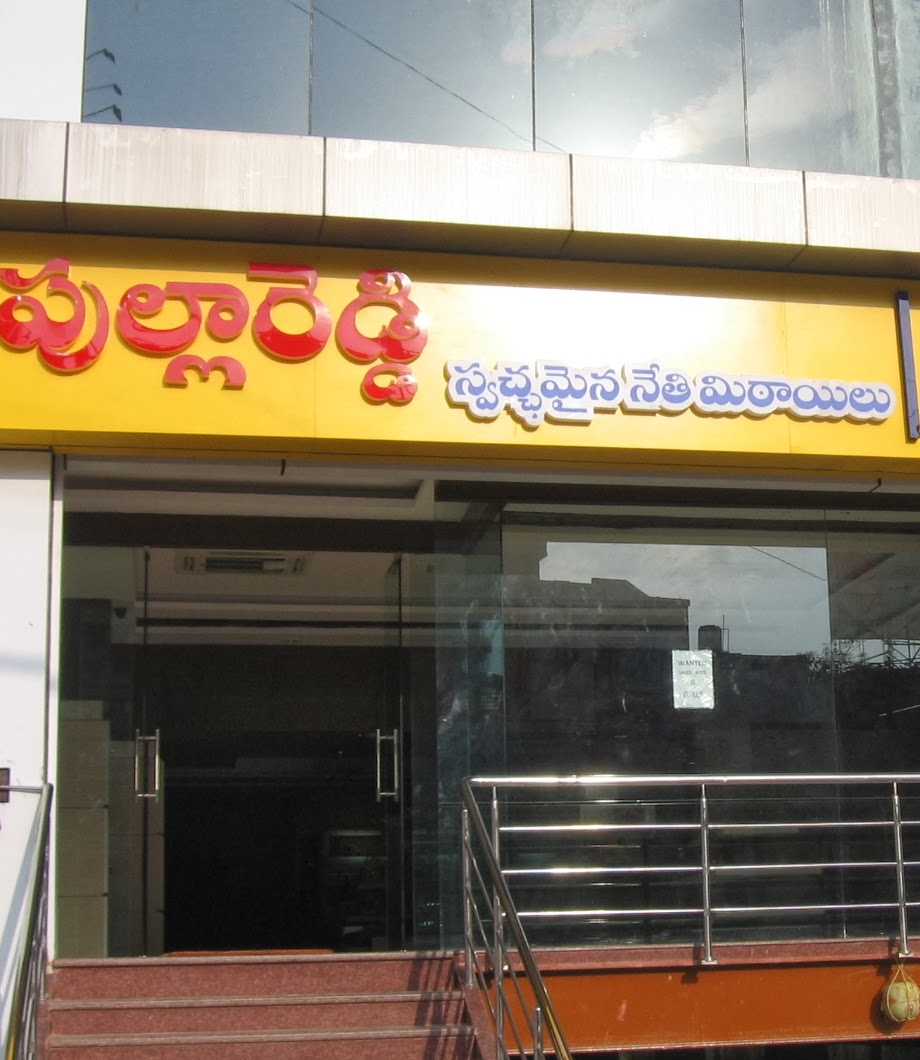
Language: telugu
Transcription: పుల్లారెడ్డి స్వచ్చమైన నేతి మిఠాయిలు